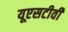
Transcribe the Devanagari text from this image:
यूएसटीवी